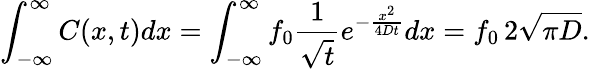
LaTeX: \int_{-\infty}^{\infty}C(x,t)dx=\int_{-\infty}^{\infty}f_{0}\frac{1}{\sqrt{t}}e^{-\frac{x^{2}}{4Dt}}dx=f_{0}\, 2\sqrt{\pi D}.